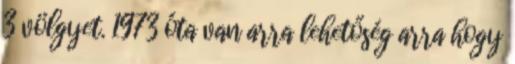
3 völgyet. 1973 óta van arra lehetőség arra hogy